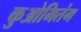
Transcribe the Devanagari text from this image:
कुओमितंग